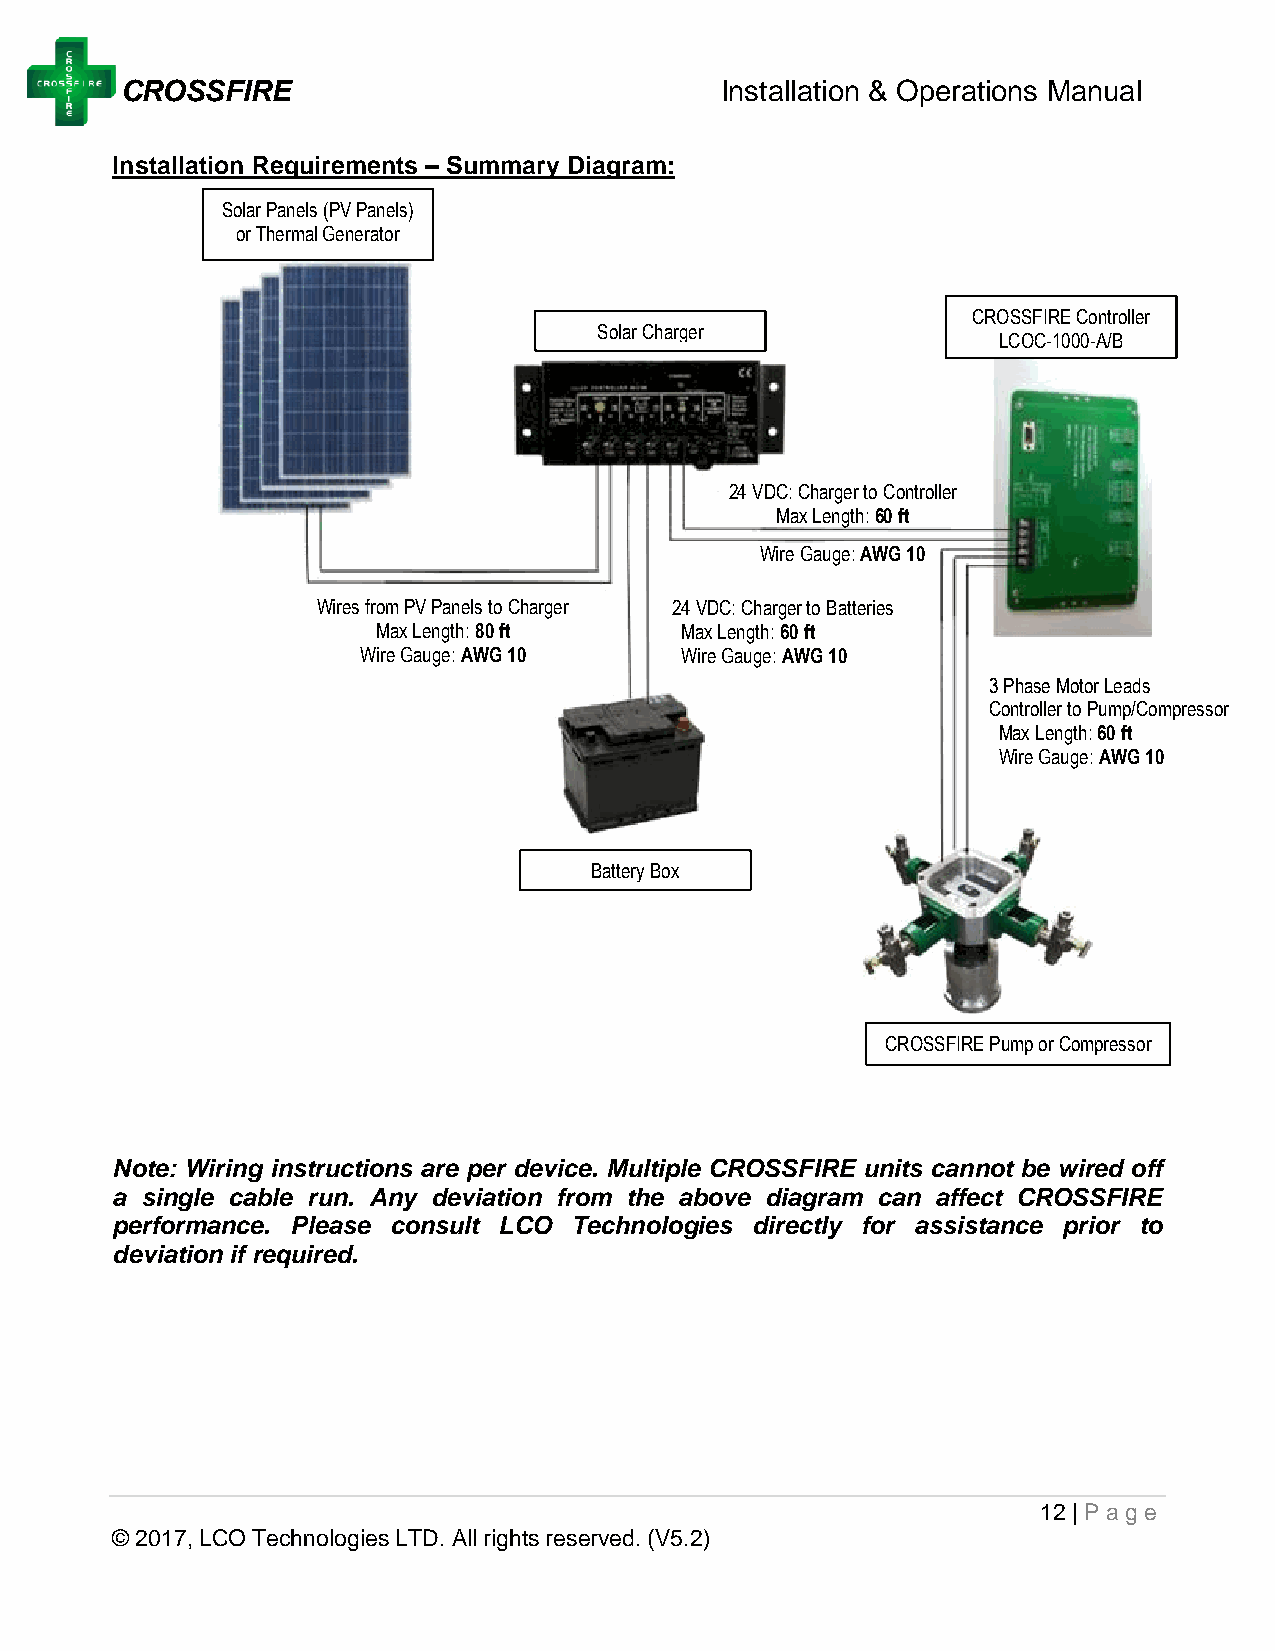
CROSSFIRE                               Installation & Operations Manual
 Installation Requirements – Summary Diagram:
 Solar Panels (PV Panels)
 or Thermal Generator
 CROSSFIRE Controller
 Solar Charger
 LCOC-1000-A/B
 24 VDC: Charger to Controller
 Max Len gth: 60 ft
 Wire Gauge: AWG 10
 Wires from PV Panels to Charger 24 VDC: Charger to Batteries
 Max Length: 80 ft   Max Length: 60 ft
 Wire Gauge: AWG 10   Wire Gauge: AWG 10
 3 Phase Motor Leads
 Controller to Pump/Compressor
 Max Length: 60 ft
 Wire Gauge: AWG 10
 Battery Box
 CROSSFIRE Pump or Compressor
 Note: Wiring instructions are per device. Multiple CROSSFIRE units cannot be wired off
 a single cable run. Any deviation from the above diagram can affect CROSSFIRE
 performance. Please consult LCO Technologies directly for assistance prior to
 deviation if required.
 12 | Page
 © 2017, LCO Technologies LTD. All rights reserved. (V5.2)